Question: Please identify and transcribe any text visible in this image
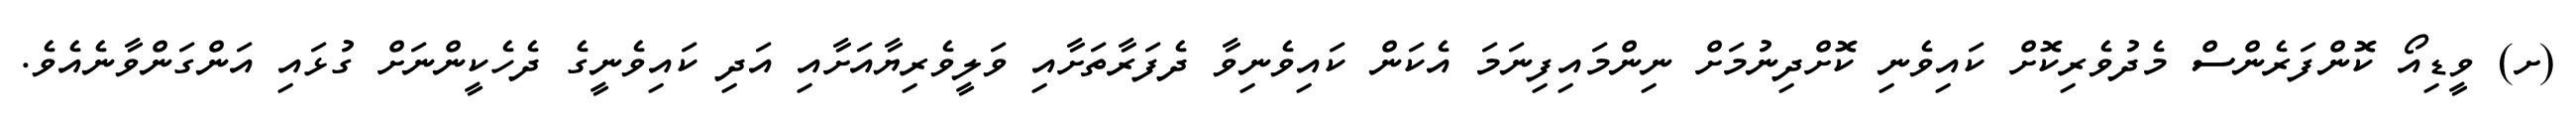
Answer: (ށ) ވީޑިއޯ ކޮންފަރެންސް މެދުވެރިކޮށް ކައިވެނި ކޮށްދިނުމަށް ނިންމައިފިނަމަ އެކަން ކައިވެނިވާ ދެފަރާތަށާއި ވަލީވެރިޔާއަށާއި އަދި ކައިވެނީގެ ދެހެކީންނަށް ގުޅައި އަންގަންވާނެއެވެ.